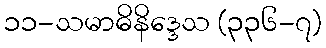
၁၁-သမာဓိနိဒ္ဒေသ (၃၃၆-၇)